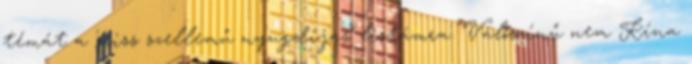
témát a 'friss szellemű nyugdíjas' listámra. Valószínű nem Kína